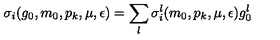
\sigma _ { i } ( g _ { 0 } , m _ { 0 } , p _ { k } , \mu , \epsilon ) = \sum _ { l } \sigma _ { i } ^ { l } ( m _ { 0 } , p _ { k } , \mu , \epsilon ) g _ { 0 } ^ { l }